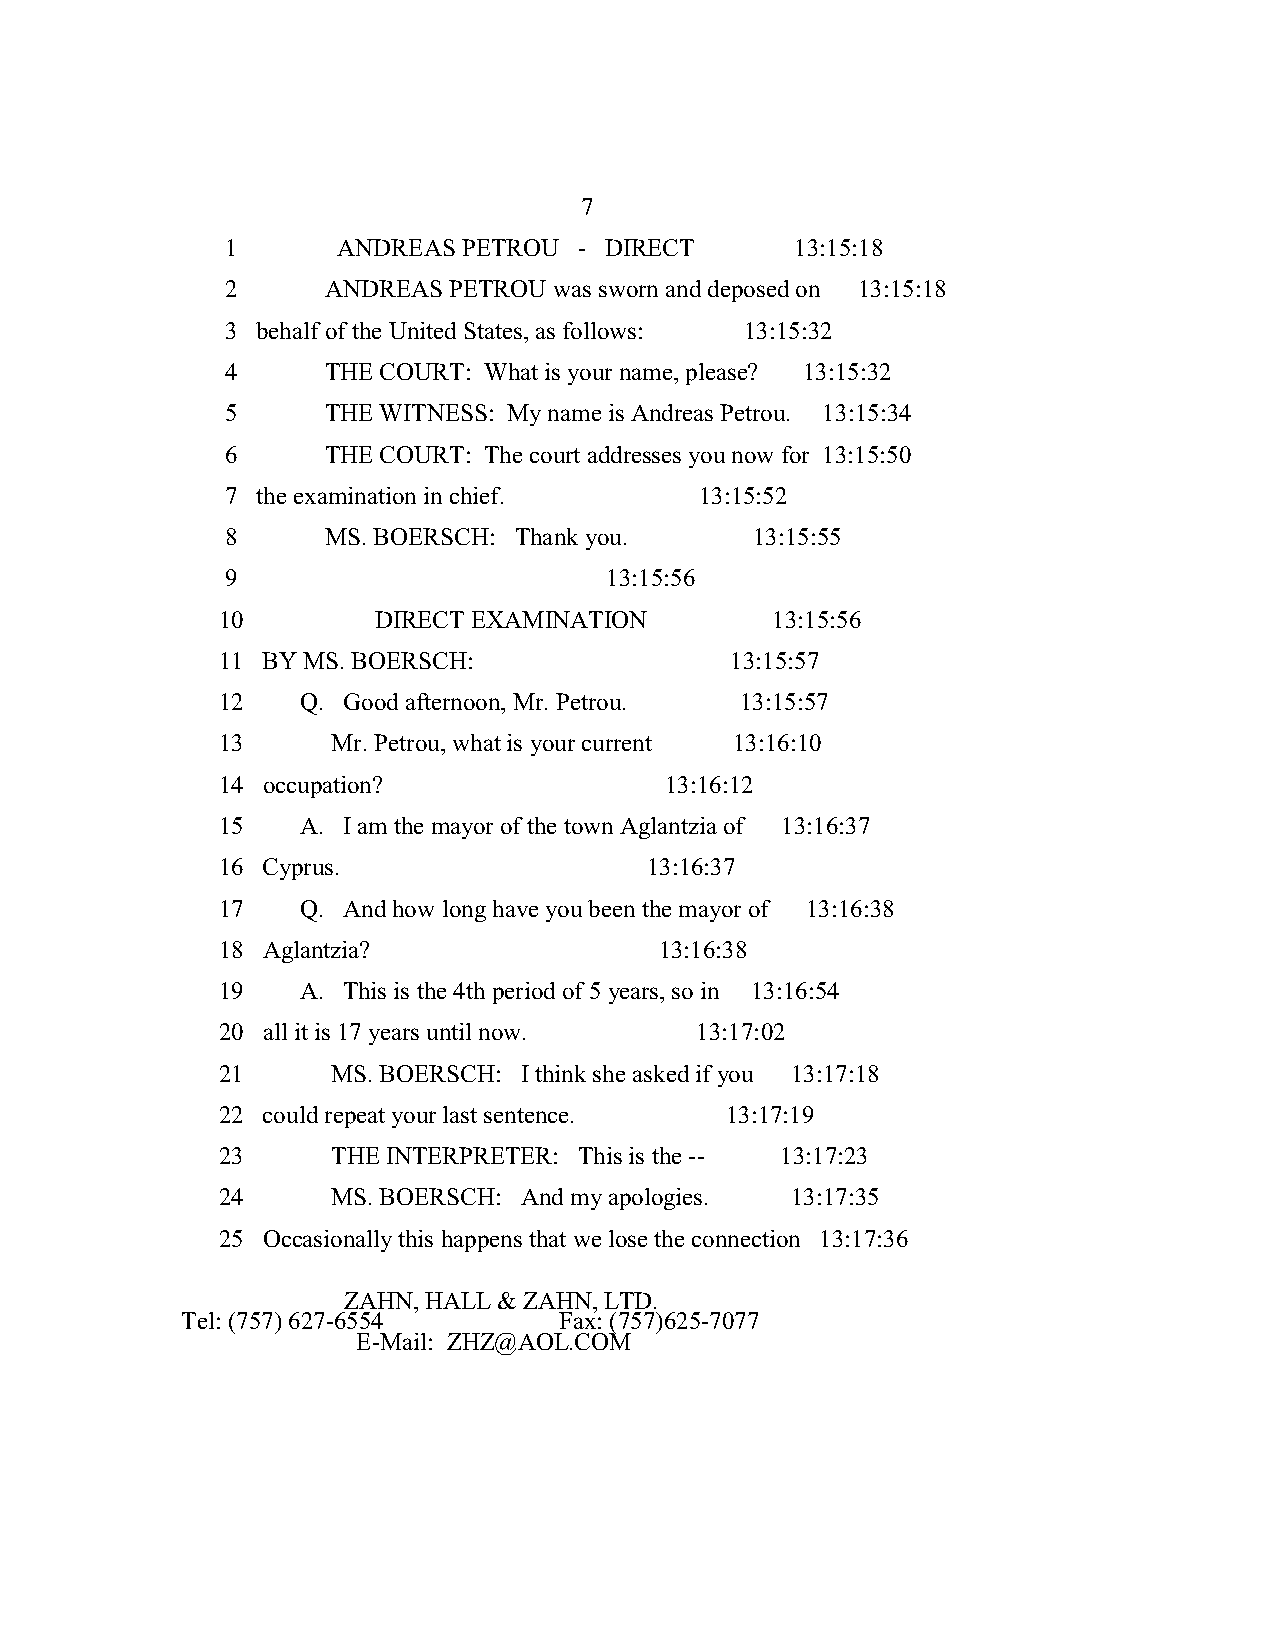
7
 1      ANDREAS  PETROU - DIRECT       13:15:18
 2      ANDREAS PETROU was sworn and deposed on 13:15:18
 3 behalf of the United States, as follows: 13:15:32
 4      THE COURT: What is your name, please? 13:15:32
 5      THE WITNESS: My name is Andreas Petrou. 13:15:34
 6      THE COURT: The court addresses you now for 13:15:50
 7 the examination in chief.    13:15:52
 8      MS. BOERSCH: Thank you.     13:15:55
 9                        13:15:56
 10         DIRECT EXAMINATION        13:15:56
 11 BY MS. BOERSCH:                13:15:57
 12    Q. Good afternoon, Mr. Petrou. 13:15:57
 13      Mr. Petrou, what is your current 13:16:10
 14 occupation?                13:16:12
 15    A. I am the mayor of the town Aglantzia of 13:16:37
 16 Cyprus.                   13:16:37
 17    Q. And how long have you been the mayor of 13:16:38
 18 Aglantzia?                 13:16:38
 19    A. This is the 4th period of 5 years, so in 13:16:54
 20 all it is 17 years until now. 13:17:02
 21      MS. BOERSCH: I think she asked if you 13:17:18
 22 could repeat your last sentence. 13:17:19
 23      THE INTERPRETER: This is the -- 13:17:23
 24      MS. BOERSCH: And my apologies. 13:17:35
 25 Occasionally this happens that we lose the connection 13:17:36
 ZAHN, HALL & ZAHN, LTD.
 Tel: (757) 627-6554      Fax: (757)625-7077
 E-Mail: ZHZ@AOL.COM